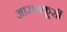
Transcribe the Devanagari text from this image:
आरामकूर्सी